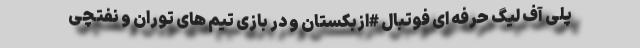
پلی آف لیگ حرفه ای فوتبال #ازبکستان و در بازی تیم های توران و نفتچی